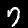
Digit: 7